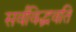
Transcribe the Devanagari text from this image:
सर्वविद्भवति